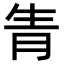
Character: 𤯝